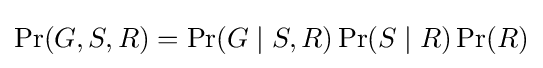
\Pr(G,S,R)=\Pr(G\mid S,R)\Pr(S\mid R)\Pr(R)